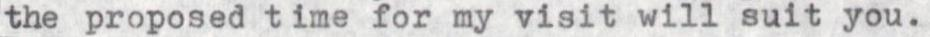
the proposed time for my visit will suit you.